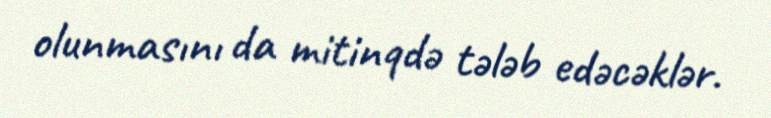
olunmasını da mitinqdə tələb edəcəklər.